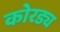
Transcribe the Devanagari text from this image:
कोरड्य